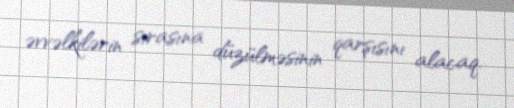
əvvəlkilərin sırasına düzülməsinin qarşısını alacaq.